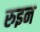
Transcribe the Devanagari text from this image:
रुइन